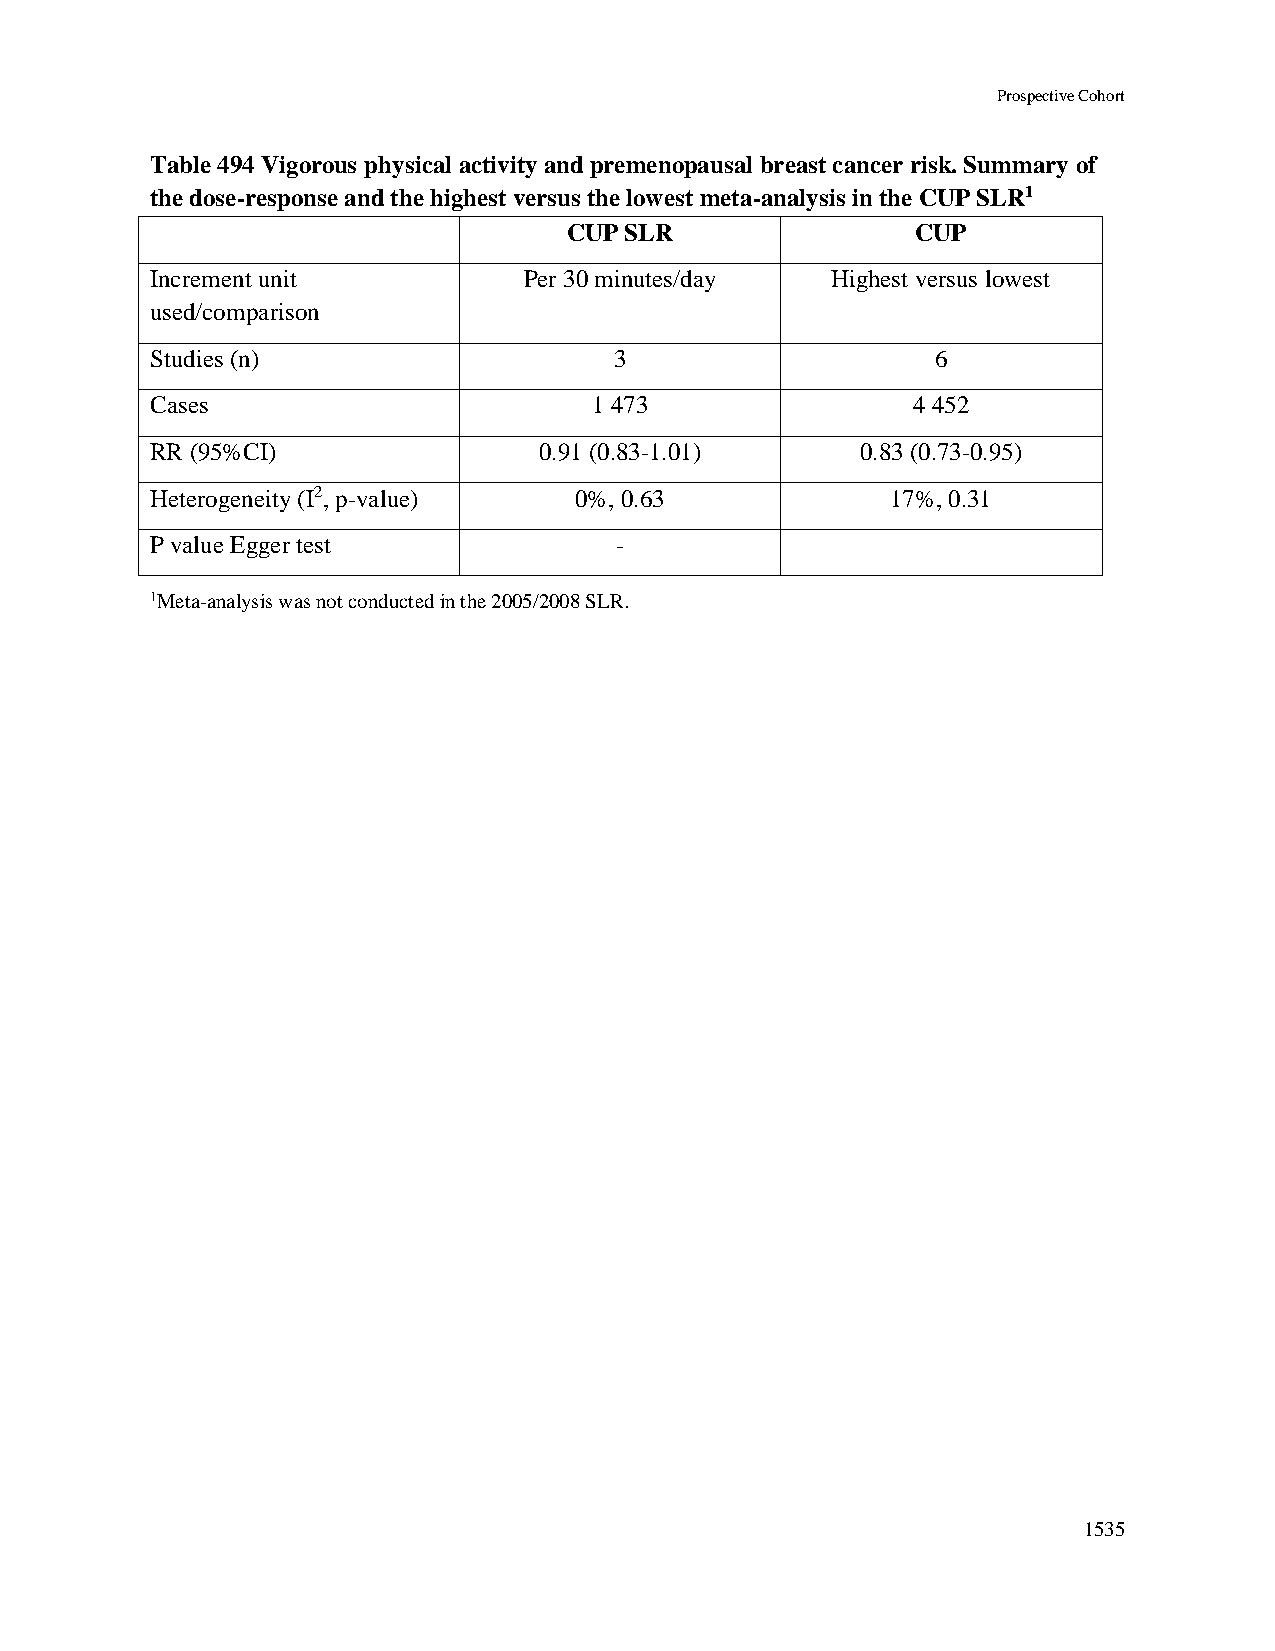
Prospective Cohort
 Table 494 Vigorous physical activity and premenopausal breast cancer risk. Summary of
 the dose-response and the highest versus the lowest meta-analysis in the CUP SLR1
 CUP SLR                CUP
 Increment unit           Per 30 minutes/day  Highest versus lowest
 used/comparison
 Studies (n)                    3                    6
 Cases                        1 473                4 452
 RR (95%CI)                0.91 (0.83-1.01)     0.83 (0.73-0.95)
 Heterogeneity (I2, p-value) 0%, 0.63             17%, 0.31
 P value Egger test             -
 1Meta-analysis was not conducted in the 2005/2008 SLR.
 1535